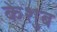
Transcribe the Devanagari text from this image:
केशुब